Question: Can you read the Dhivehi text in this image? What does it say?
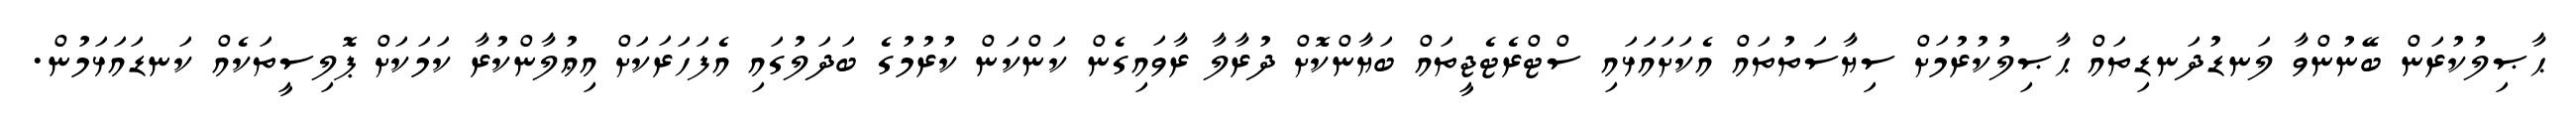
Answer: ޙާޞިލުކުރަން ބޭނުންވާ ލަނޑުދަނޑިތައް ޙާޞިލުކުރުމަށް ސިޔާސަތުތައް އެކަށައަޅައި ސްޓްރެޓެޖީތައް ބަޔާންކޮށް ދުރާލާ ރާވައިގެން ކަންކަން ކުރުމުގެ ބަދަލުގައި އެފަހަރަކަށް އިޢުލާންކުރާ ކަމަކަށް ޕޮލިސީތަކެއް ކަނޑައަޅަމުން.